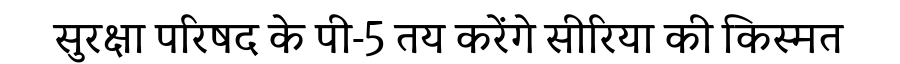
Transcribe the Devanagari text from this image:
सुरक्षा परिषद के पी-5 तय करेंगे सीरिया की किस्मत